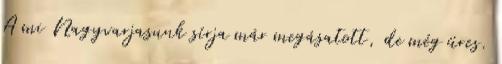
A mi Nagyvarjasunk sírja már megásatott, de még üres.